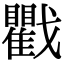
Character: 戵